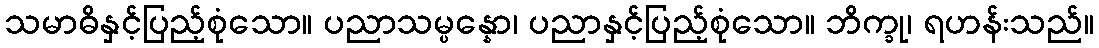
သမာဓိနှင့်ပြည့်စုံသော။ ပညာသမ္ပန္နော၊ ပညာနှင့်ပြည့်စုံသော။ ဘိက္ခု၊ ရဟန်းသည်။